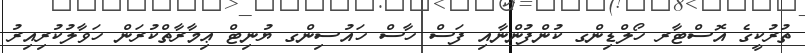
ތުރުކީގެ އޮސްޓާރ ހޯލްޑިންގ ކުންފުންނާއި ފަސް ހާސް ހައުސިންގ ޔުނިޓް ޢިމާރާތްކުރަން ހަވާލުކުރިއިރު